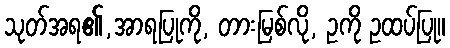
သုတ်အရ၏,အာရပြုကို, တားမြစ်လို, ဥကို ဥထပ်ပြု။